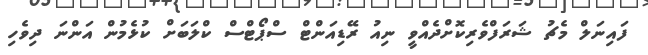
ފައިނަލް މެޗު ޝަރަފްވެރިކޮށްދެއްވީ ނިއު ރޭޑިއަންޓް ސްޕޯޓްސް ކްލަބަށް ކުޅެމުން އަންނަ ދިވެހި